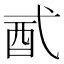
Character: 𨟲